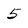
Character: 5